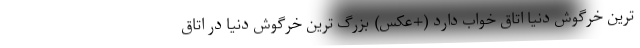
ترین خرگوش دنیا اتاق خواب دارد (+عکس) بزرگ ترین خرگوش دنیا در اتاق